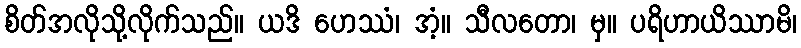
စိတ်အလိုသို့လိုက်သည်။ ယဒိ ဟေဿံ၊ အံ့။ သီလတော၊ မှ။ ပရိဟာယိဿာမိ၊